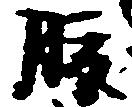
腹